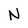
Character: N